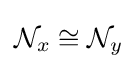
{\mathcal {N}}_{x}\cong {\mathcal {N}}_{y}